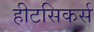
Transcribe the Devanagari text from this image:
हीटसिकर्स